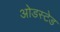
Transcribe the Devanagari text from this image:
ओडस्टेड